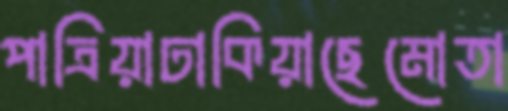
পাত্রিয়াঢাকিয়াছেমোতা